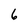
Character: 6